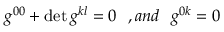
g ^ { 0 0 } + \operatorname * { d e t } g ^ { k l } = 0 \ \ , a n d \ \ g ^ { 0 k } = 0